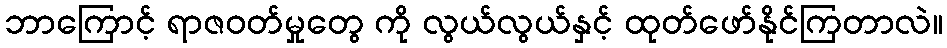
ဘာကြောင့် ရာဇဝတ်မှုတွေ ကို လွယ်လွယ်နှင့် ထုတ်ဖော်နိုင်ကြတာလဲ။